Civil Veterinary Dept. Bombay admin report 1900-1906 - 1900-1906
Year: 1900
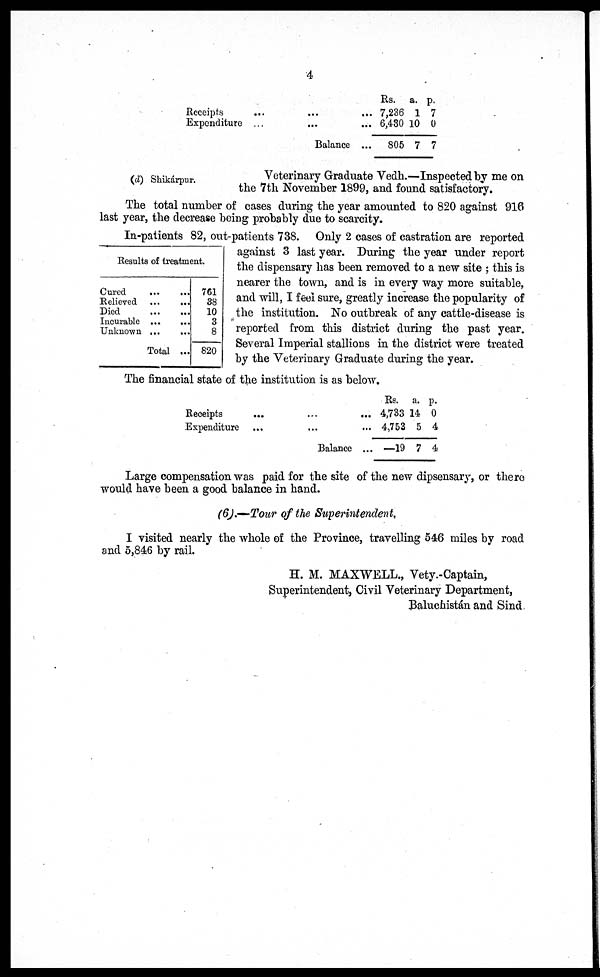
4
Receipts
... ... ...
Expenditure ... ... ...
Balance ...
Rs.
7,236
6,430
805
a.
1
10
7
p.
7
0
7
(d) Shikárpur.
Veterinary Graduate Vedh.—Inspected by me on
the 7th November 1899, and found satisfactory.
The total number of cases during the year amounted to 820 against 916
last year, the decrease being probably due to scarcity.
Results of treatment.
Cured
...
...
Relieved ...
...
Pied
...
...
Incurable
...
...
Unknown ...
...
Total ...
761
38
10
3
8
820
In-patients 82, out-patients 738. Only 2 cases of castration are reported
against 3 last year. During the year under report
the dispensary has been removed to a new site; this is
nearer the town, and is in every way more suitable,
and will, I feel sure, greatly increase the popularity of
the institution. No outbreak of any cattle-disease is
reported from this district during the past year.
Several Imperial stallions in the district were treated
by the Veterinary Graduate during the year.
The financial state of the institution is as below.
Receìpts ... ... ...
Expenditure ... ... ...
Balance...
Rs.
4,733
4,753
—19
a.
14
5
7
p.
0
4
4
Large compensation was paid for the site of the new dipsensary, or there
would have been a good balance in hand.
(6).—Tour of the Superintendent,
I visited nearly the whole of the Province, travelling 546 miles by road
and 5,846 by rail.
H. M. MAXWELL., Vety.-Captain,
Superintendent, Civil Veterinary Department,
Baluchistán and Sind